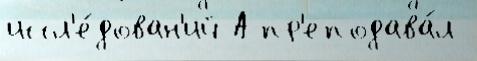
иссл'е́дован'ий А пр'еподава́л